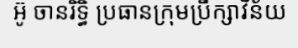
អ៊ូ ចានរិទ្ធិ ប្រធានក្រុមប្រឹក្សាវិន័យ